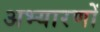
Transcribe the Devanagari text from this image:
अभ्यारणों